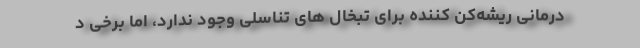
درمانی ریشه‌کن کننده برای تبخال های تناسلی وجود ندارد، اما برخی د